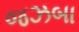
જઝબા